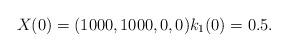
LaTeX: \begin{align*}X(0) = (1000, 1000, 0, 0) k_1(0) = 0.5.\end{align*}